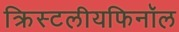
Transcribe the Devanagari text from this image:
क्रिस्टलीयफिनॉल